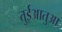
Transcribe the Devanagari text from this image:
तुईआतुआ